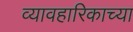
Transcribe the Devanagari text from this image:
व्यावहारिकाच्या